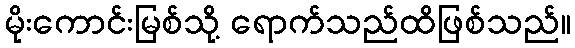
မိုးကောင်းမြစ်သို့ ရောက်သည်ထိဖြစ်သည်။